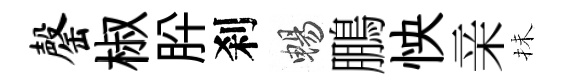
罄椒肸刹暢鵬怏亲抺